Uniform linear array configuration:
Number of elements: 64
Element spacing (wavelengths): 0.5
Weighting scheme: hann
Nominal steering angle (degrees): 15
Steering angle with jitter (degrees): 16.672
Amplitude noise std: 0.05
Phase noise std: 0.05

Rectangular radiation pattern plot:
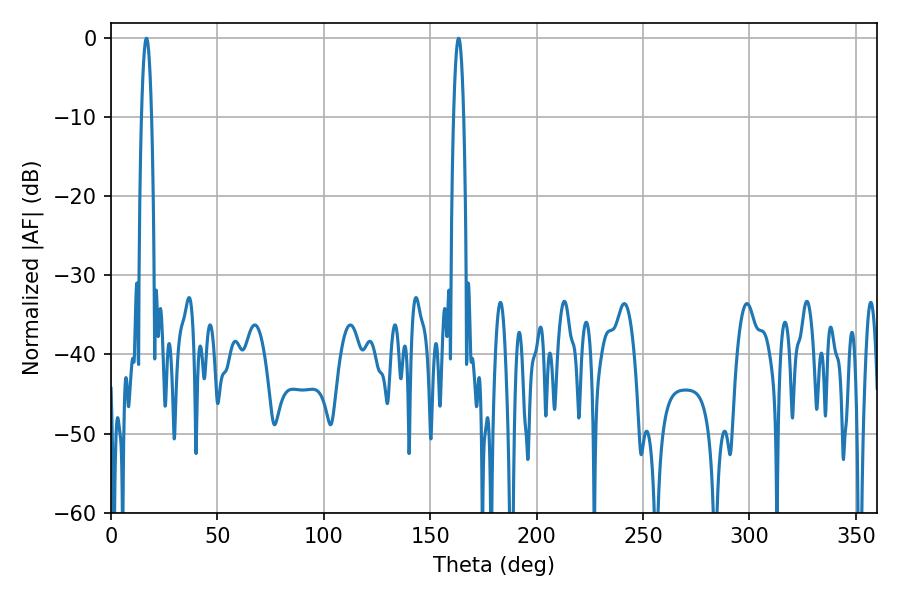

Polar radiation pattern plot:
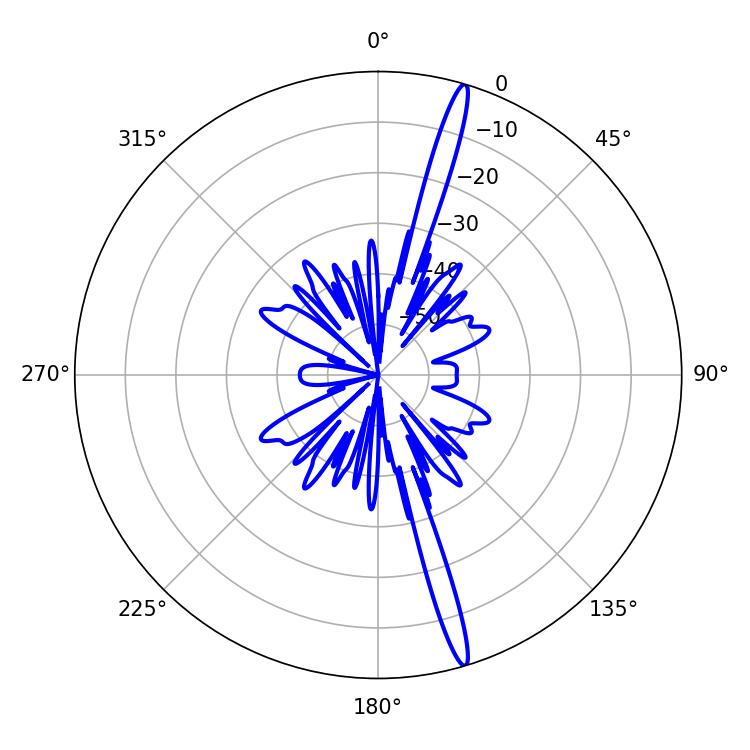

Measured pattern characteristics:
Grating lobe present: FALSE
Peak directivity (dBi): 18.451
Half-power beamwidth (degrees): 2.7
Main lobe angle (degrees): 16.74